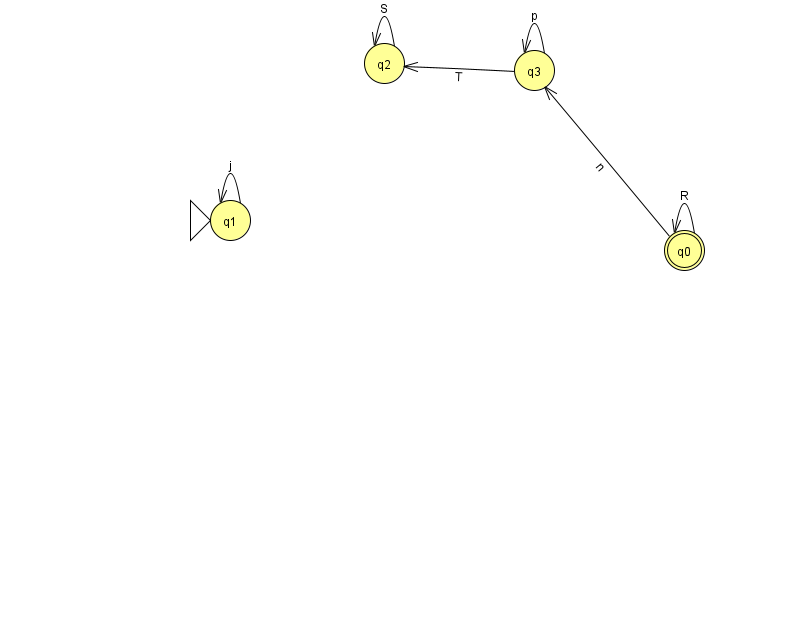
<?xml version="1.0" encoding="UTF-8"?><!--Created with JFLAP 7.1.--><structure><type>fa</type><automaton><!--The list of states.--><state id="0" name="q0"><x>684.0</x><y>237.0</y><final/></state><state id="1" name="q1"><x>230.0</x><y>207.0</y><initial/></state><state id="2" name="q2"><x>384.0</x><y>50.0</y></state><state id="3" name="q3"><x>534.0</x><y>57.0</y></state><!--The list of transitions.--><transition><from>3</from><to>3</to><read>p</read></transition><transition><from>0</from><to>0</to><read>R</read></transition><transition><from>0</from><to>3</to><read>n</read></transition><transition><from>2</from><to>2</to><read>S</read></transition><transition><from>3</from><to>2</to><read>T</read></transition><transition><from>1</from><to>1</to><read>j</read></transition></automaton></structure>